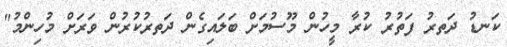
ކަނޑު ދަތރު ފަތުރު ކުރާ މީހުން މޫސުމަށް ބަލައިގެން ދަތރުކުރުން ވަރަށް މުހިންމު"